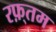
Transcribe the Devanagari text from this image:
रफ़्तम